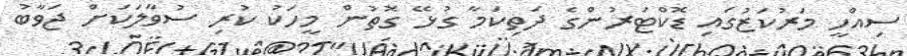
ސިއްހީ މަރުކަޒުގައި ޑޮކްޓަރުންގެ ދަތިކަމާ ގުޅޭ ގޮތުން މީހަކު ކުރި ސުވާލަކަށް ޖަވާބު